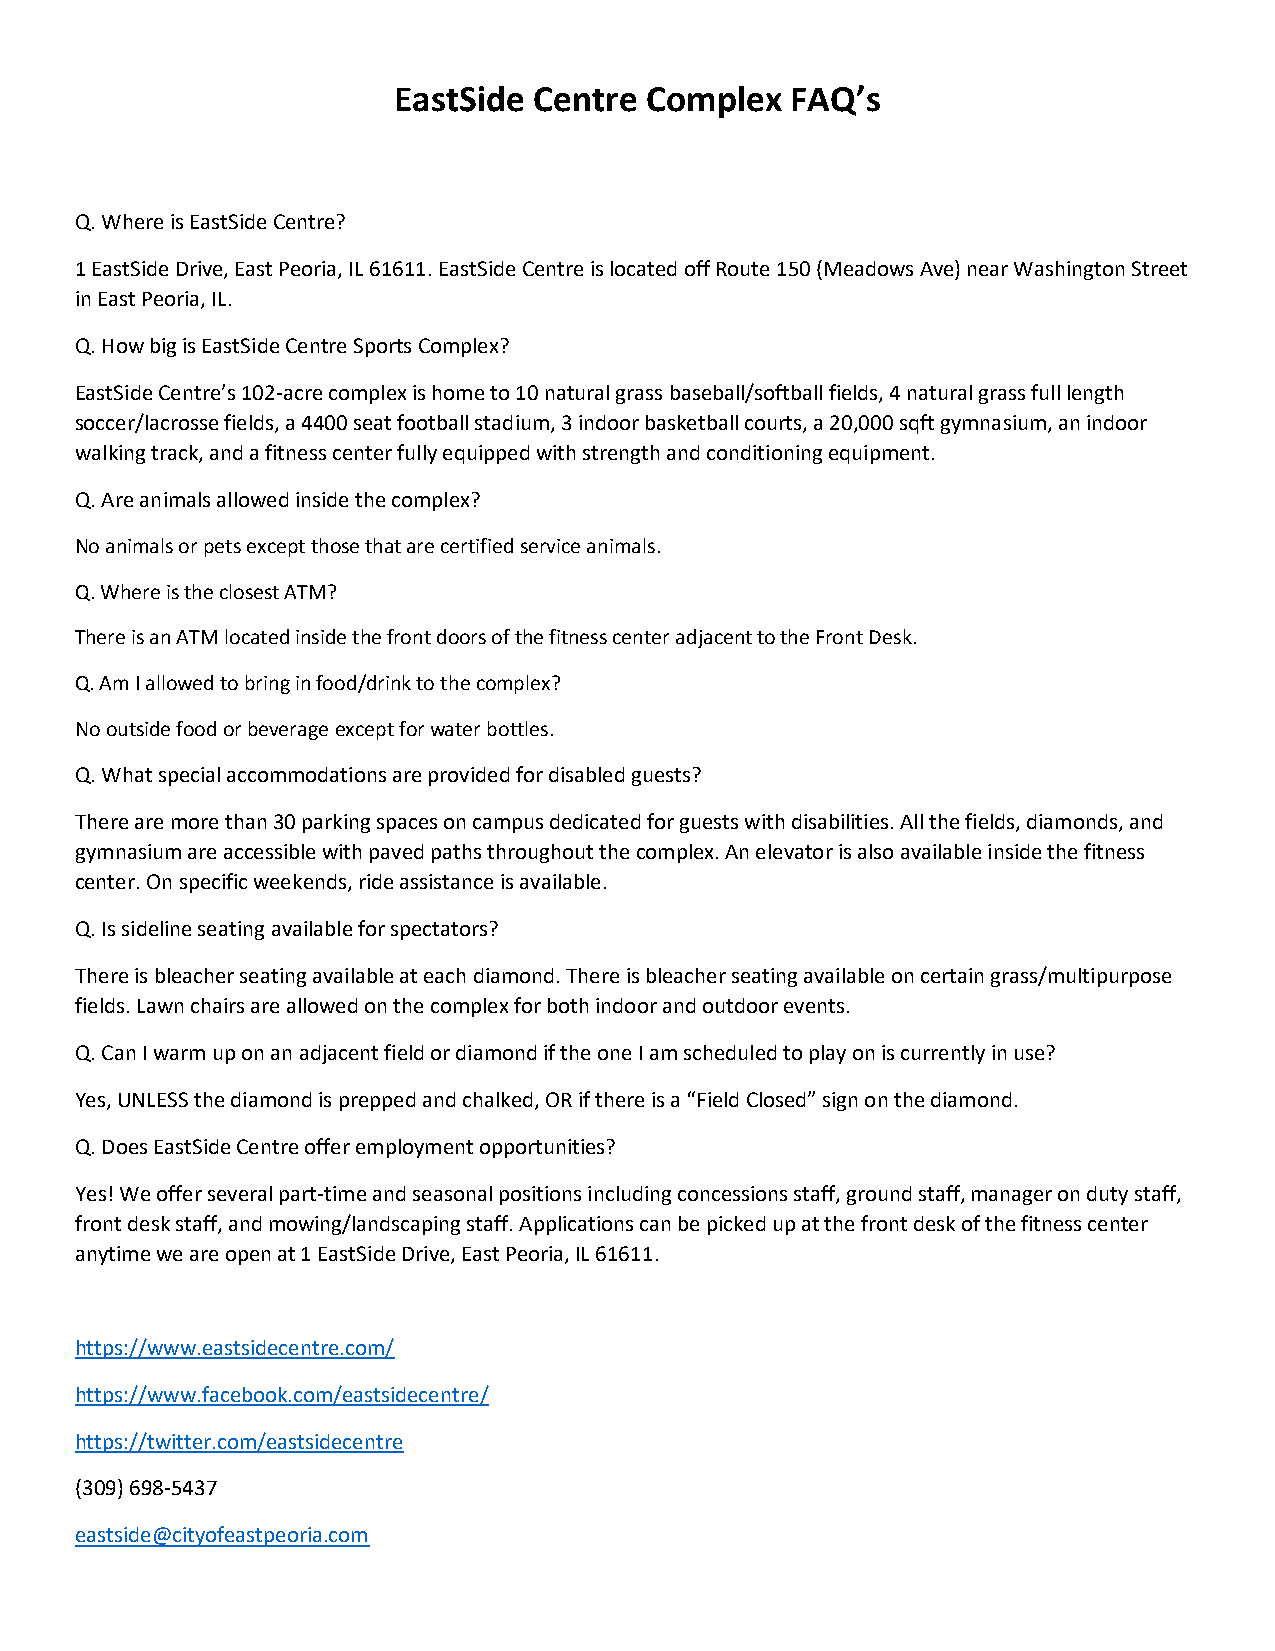
EastSide Centre  Complex  FAQ’s
 Q. Where is EastSide Centre?
 1 EastSide Drive, East Peoria, IL 61611. EastSide Centre is located off Route 150 (Meadows Ave) near Washington Street
 in East Peoria, IL.
 Q. How big is EastSide Centre Sports Complex?
 EastSide Centre’s 102-acre complex is home to 10 natural grass baseball/softball fields, 4 natural grass full length
 soccer/lacrosse fields, a 4400 seat football stadium, 3 indoor basketball courts, a 20,000 sqft gymnasium, an indoor
 walking track, and a fitness center fully equipped with strength and conditioning equipment.
 Q. Are animals allowed inside the complex?
 No animals or pets except those that are certified service animals.
 Q. Where is the closest ATM?
 There is an ATM located inside the front doors of the fitness center adjacent to the Front Desk.
 Q. Am I allowed to bring in food/drink to the complex?
 No outside food or beverage except for water bottles.
 Q. What special accommodations are provided for disabled guests?
 There are more than 30 parking spaces on campus dedicated for guests with disabilities. All the fields, diamonds, and
 gymnasium are accessible with paved paths throughout the complex. An elevator is also available inside the fitness
 center. On specific weekends, ride assistance is available.
 Q. Is sideline seating available for spectators?
 There is bleacher seating available at each diamond. There is bleacher seating available on certain grass/multipurpose
 fields. Lawn chairs are allowed on the complex for both indoor and outdoor events.
 Q. Can I warm up on an adjacent field or diamond if the one I am scheduled to play on is currently in use?
 Yes, UNLESS the diamond is prepped and chalked, OR if there is a “Field Closed” sign on the diamond.
 Q. Does EastSide Centre offer employment opportunities?
 Yes! We offer several part-time and seasonal positions including concessions staff, ground staff, manager on duty staff,
 front desk staff, and mowing/landscaping staff. Applications can be picked up at the front desk of the fitness center
 anytime we are open at 1 EastSide Drive, East Peoria, IL 61611.
 https://www.eastsidecentre.com/
 https://www.facebook.com/eastsidecentre/
 https://twitter.com/eastsidecentre
 (309) 698-5437
 eastside@cityofeastpeoria.com